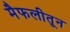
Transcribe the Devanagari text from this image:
मैफलीतून